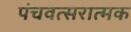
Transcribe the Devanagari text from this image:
पंचवत्सरात्मक